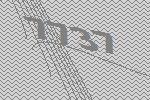
7737